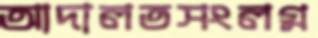
আদালতসংলগ্ন